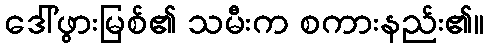
ဒေါ်ဖွားမြစ်၏ သမီးက စကားနည်း၏။